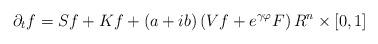
LaTeX: \begin{align*}\partial _{t}f=Sf+Kf+\left( a+ib\right) \left( Vf+e^{\gamma \varphi}F\right) R^{n}\times \left[ 0,1\right] \end{align*}